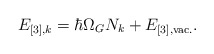
\begin{align*}E_{[3],k} = \hbar \Omega_{G} N_k + E_{[3], {\rm vac.}}.\end{align*}